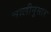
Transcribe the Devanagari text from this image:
चालीनुसार